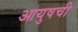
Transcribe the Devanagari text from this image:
आयुषची